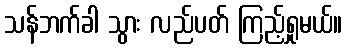
သန်ဘက်ခါ သွား လည်ပတ် ကြည့်ရှုမယ်။